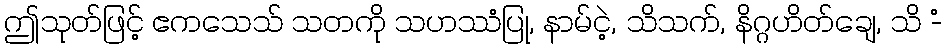
ဤသုတ်ဖြင့် ဧကသေသ် သတကို သဟဿံပြု, နာမ်ငဲ့, သိသက်, နိဂ္ဂဟိတ်ချေ, သိ -ံ